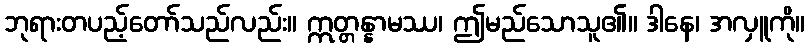
ဘုရားတပည့်တော်သည်လည်း။ ဣတ္တန္နာမဿ၊ ဤမည်သောသူ၏။ ဒါနေ၊ အလှူကို။